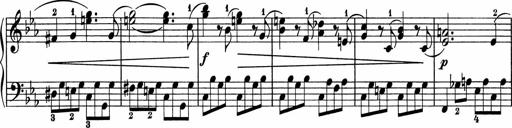
Title: 5 Sonatinen fÃ¼r die Jugend
Composer: Carl Reinecke